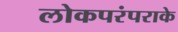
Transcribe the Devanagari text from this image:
लोकपरंपराके